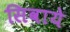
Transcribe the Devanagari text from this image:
सिवाये